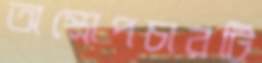
অস্ত্রোপচারটি